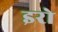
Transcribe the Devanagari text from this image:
इरो